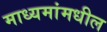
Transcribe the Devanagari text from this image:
माध्यमांमधील